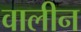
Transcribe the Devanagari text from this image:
वालीन